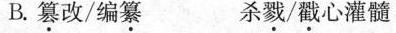
B.篡改/编纂 杀戮/戳心灌髓